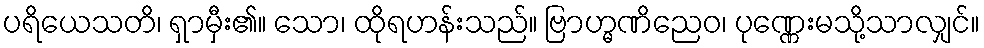
ပရိယေသတိ၊ ရှာမှီး၏။ သော၊ ထိုရဟန်းသည်။ ဗြာဟ္မဏိညေဝ၊ ပုဏ္ဏေးမသို့သာလျှင်။